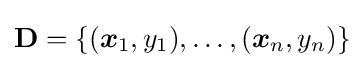
\mathbf {D} =\{({\boldsymbol {x}}_{1},y_{1}),\dots ,({\boldsymbol {x}}_{n},y_{n})\}